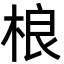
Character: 桹